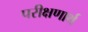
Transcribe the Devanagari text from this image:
परीक्षणार्थ